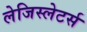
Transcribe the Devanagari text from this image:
लेजिस्लेटर्स